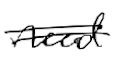
Text: need
Cross-out: double-line
Writing tool: digital_black